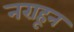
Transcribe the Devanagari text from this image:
नराहून